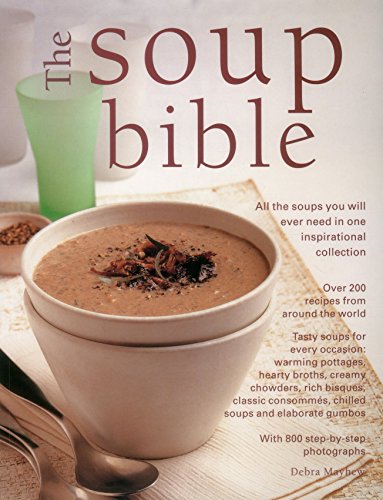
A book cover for The Soup Bible. All the soups you will ever need in one inspirational collection.; Debra Mayhew; Cookbooks, Food & Wine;